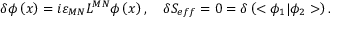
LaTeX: \delta \phi \left( x \right) = i \varepsilon _ { M N } L ^ { M N } \phi \left( x \right) , \quad \delta S _ { e f f } = 0 = \delta \left( < \phi _ { 1 } | \phi _ { 2 } > \right) .